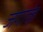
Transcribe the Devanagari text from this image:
जगाके